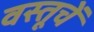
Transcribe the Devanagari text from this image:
वस्तूचें